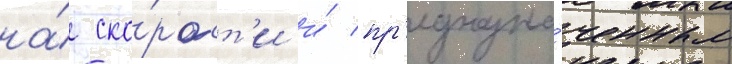
на́ ско́рост'и и́ пр'едназна́ченным